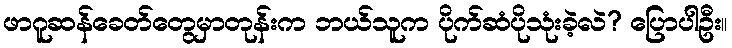
ဖာဂူဆန်ခေတ်တွေမှာတုန်းက ဘယ်သူက ပိုက်ဆံပိုသုံးခဲ့လဲ? ပြောပါဦး။